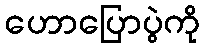
ဟောပြောပွဲကို